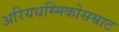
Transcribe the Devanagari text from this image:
अरियधम्मिकोसम्राट